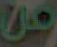
من